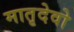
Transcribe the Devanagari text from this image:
मातृदेवो